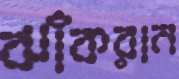
ঝাঁকরান